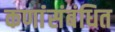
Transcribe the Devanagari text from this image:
कणांंसंबंधित